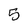
Character: 5